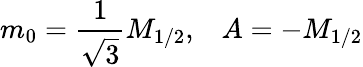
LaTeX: m_{0}=\frac{1}{\sqrt{3}}M_{1/2},\; \; \; A=-M_{1/2}